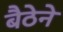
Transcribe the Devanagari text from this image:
बैठेने